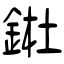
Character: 𨧀